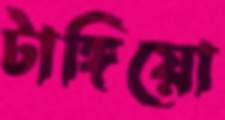
টাঙ্গিয়ো